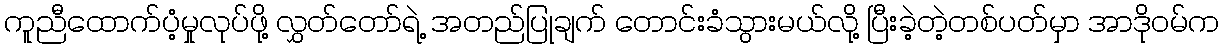
ကူညီထောက်ပံ့မှုလုပ်ဖို့ လွှတ်တော်ရဲ့ အတည်ပြုချက် တောင်းခံသွားမယ်လို့ ပြီးခဲ့တဲ့တစ်ပတ်မှာ အာဒိုဝမ်က